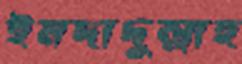
ইমদাদুল্লাহ